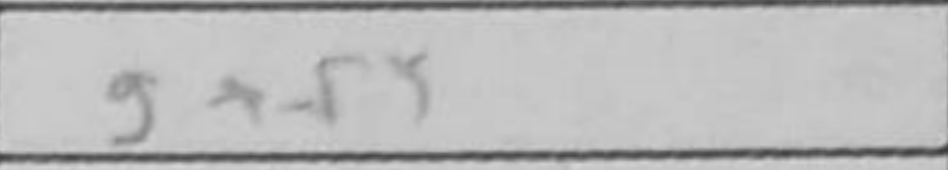
Transcription: gxf5